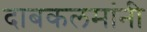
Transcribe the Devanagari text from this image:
दाबकलमांनी